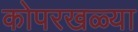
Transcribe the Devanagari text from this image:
कोपरखळ्या